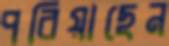
পরিয়াছেন